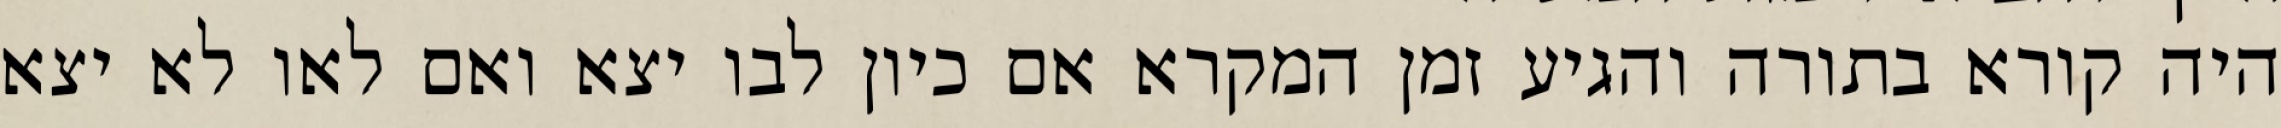
היה קורא בתורה והגיע זמן המקרא אם כיון לבו יצא ואם לאו לא יצא